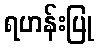
ရဟန်းပြု